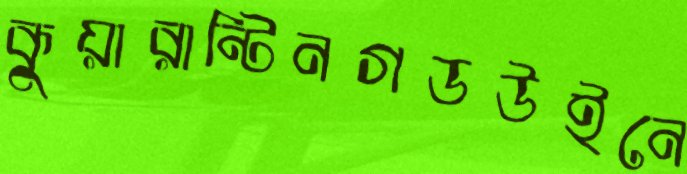
কুয়ারান্টিনগডউইনে